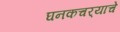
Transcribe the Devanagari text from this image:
घनकचर्‍याचे